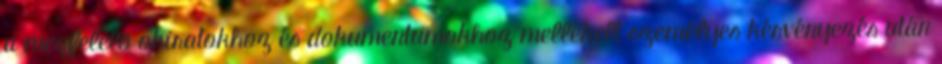
a megfelelõ okiratokhoz és dokumentumokhoz mellékelt személyes kérvényezés után